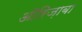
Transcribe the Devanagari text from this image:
ऑरिज़ाबा